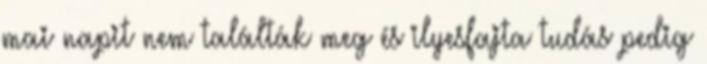
mai napit nem találták meg és ilyesfajta tudás pedig